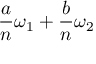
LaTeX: { \frac { a } { n } } \omega _ { 1 } + { \frac { b } { n } } \omega _ { 2 }